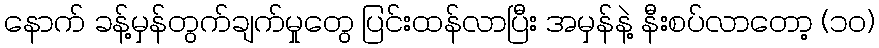
နောက် ခန့်မှန်တွက်ချက်မှုတွေ ပြင်းထန်လာပြီး အမှန်နဲ့ နီးစပ်လာတော့ (၁၀)